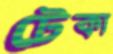
টেকা